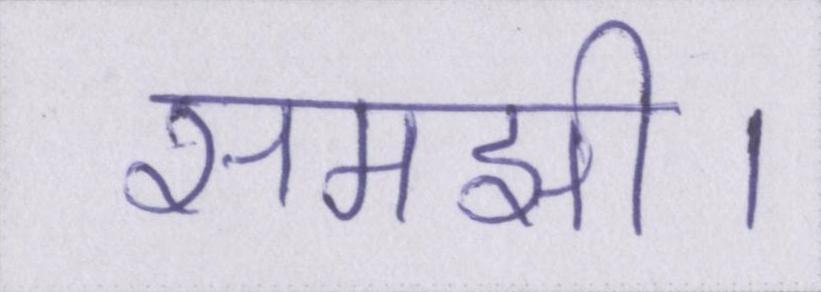
समझी।